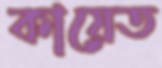
কায়েত